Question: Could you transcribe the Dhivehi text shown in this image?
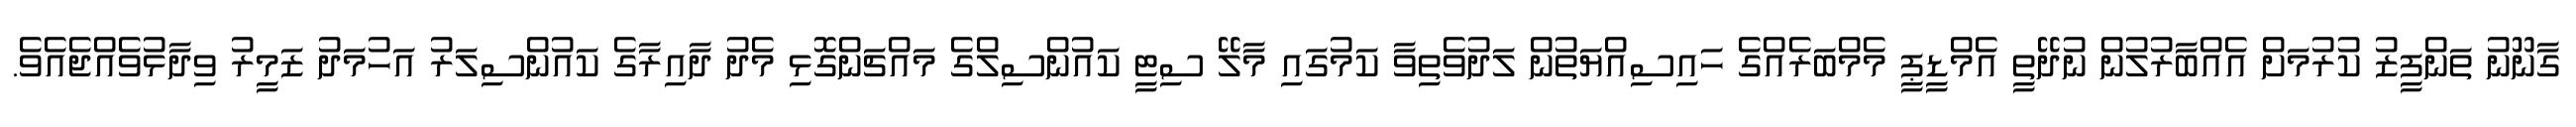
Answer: ގާނޫނު ތަންފީޒު ކުރުމަށް އެއްބާރުލުން ނުދޭތީ އެމްޑީޕީ މެމްބަރެއްގެ ހައިސިއްޔަތުން ލަދުވެތިވާ ކަމުގައި މާލޭ ސިޓީ ކައުންސިލްގެ މައްޗަންގޮޅި މެދު ދާއިރާގެ ކައުންސިލަރު އަހުމަދު ޒަމީރު ވިދާޅުވެއްޖެއެވެ.